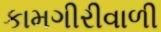
કામગીરીવાળી